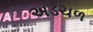
અડચળ